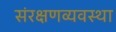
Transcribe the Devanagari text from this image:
संरक्षणव्यवस्था